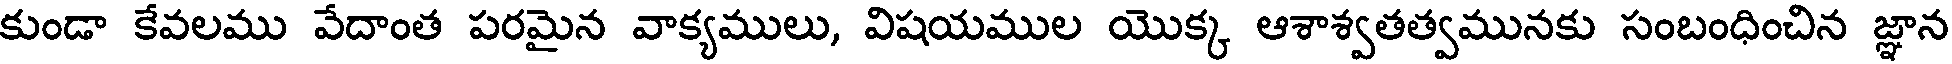
కుండా కేవలము వేదాంత పరమైన వాక్యములు, విషయముల యొక్క ఆశాశ్వతత్వమునకు సంబంధించిన జ్ఞాన